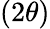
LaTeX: (2\theta)